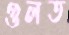
গুলত